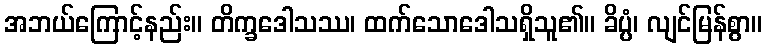
အဘယ်ကြောင့်နည်း။ တိက္ခဒေါသဿ၊ ထက်သောဒေါသရှိသူ၏။ ခိပ္ပံ၊ လျင်မြန်စွာ။